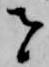
者